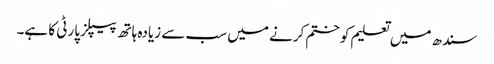
سندھ میں تعلیم کو ختم کرنے میں سب سے زیادہ ہاتھ پیپلز پارٹی کا ہے۔